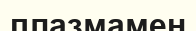
плазмамен